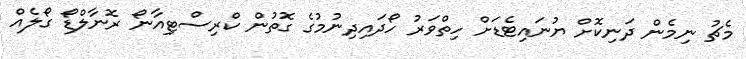
މެޗު ނިމެން ދަނިކޮށް ޔުނައިޓެޑަށް ހިތްވަރު ހޯދައިދިނުމުގެ ގޮތުން ކްރިސްޓިއާނޯ ރޮނާލްޑޯ ގޯލެއް